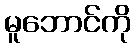
မူဘောင်ကို